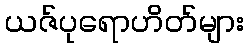
ယဇ်ပုရောဟိတ်များ